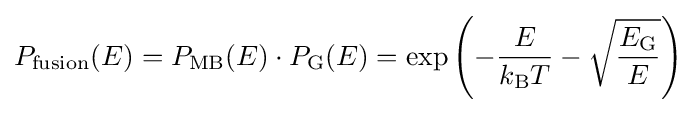
P_{\text{fusion}}(E)=P_{\text{MB}}(E)\cdot P_{\text{G}}(E)=\exp \left(-{\frac {E}{k_{\mathrm {B} }T}}-{\sqrt {\frac {E_{\rm {G}}}{E}}}\right)